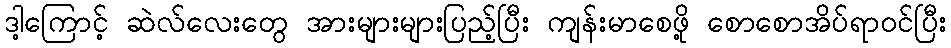
ဒါ့ကြောင့် ဆဲလ်လေးတွေ အားများများပြည့်ပြီး ကျန်းမာစေဖို့ စောစောအိပ်ရာဝင်ပြီး